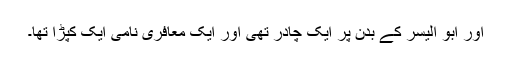
اور ابو الیسر کے بدن پر ایک چادر تھی اور ایک معافری نامی ایک کپڑا تھا۔